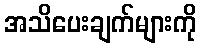
အသိပေးချက်များကို